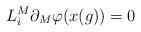
LaTeX: \begin{align*}L_{i}^{M}\partial_{M}\varphi (x(g))=0\end{align*}